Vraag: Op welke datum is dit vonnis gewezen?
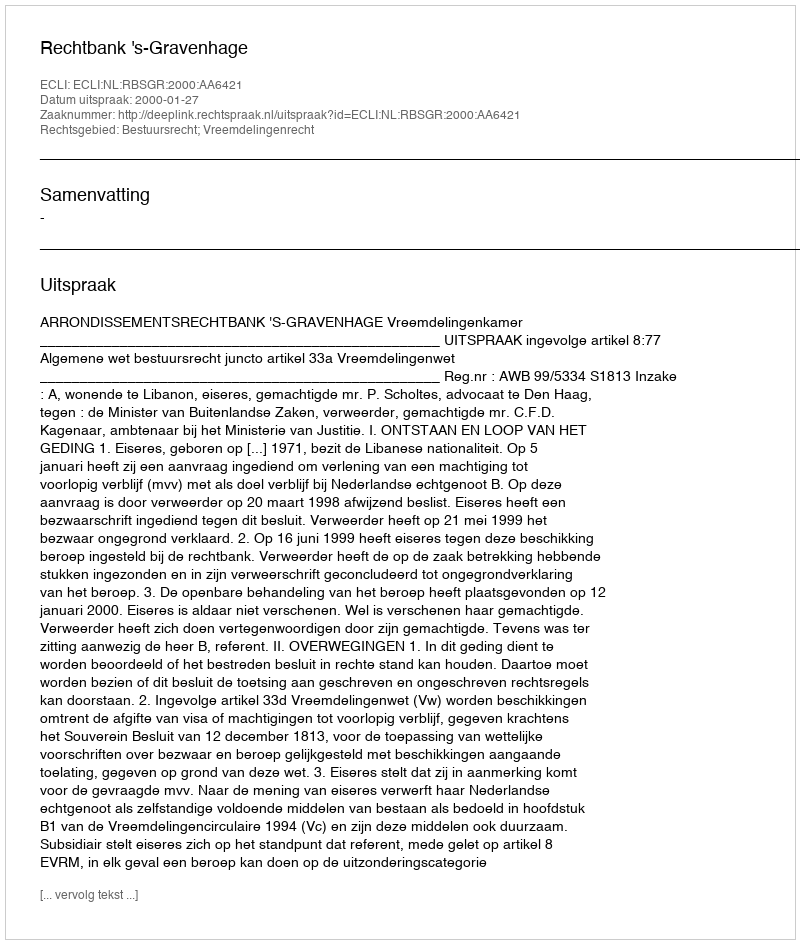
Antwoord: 2000-01-27